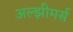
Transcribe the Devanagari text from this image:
अल्झीमर्स